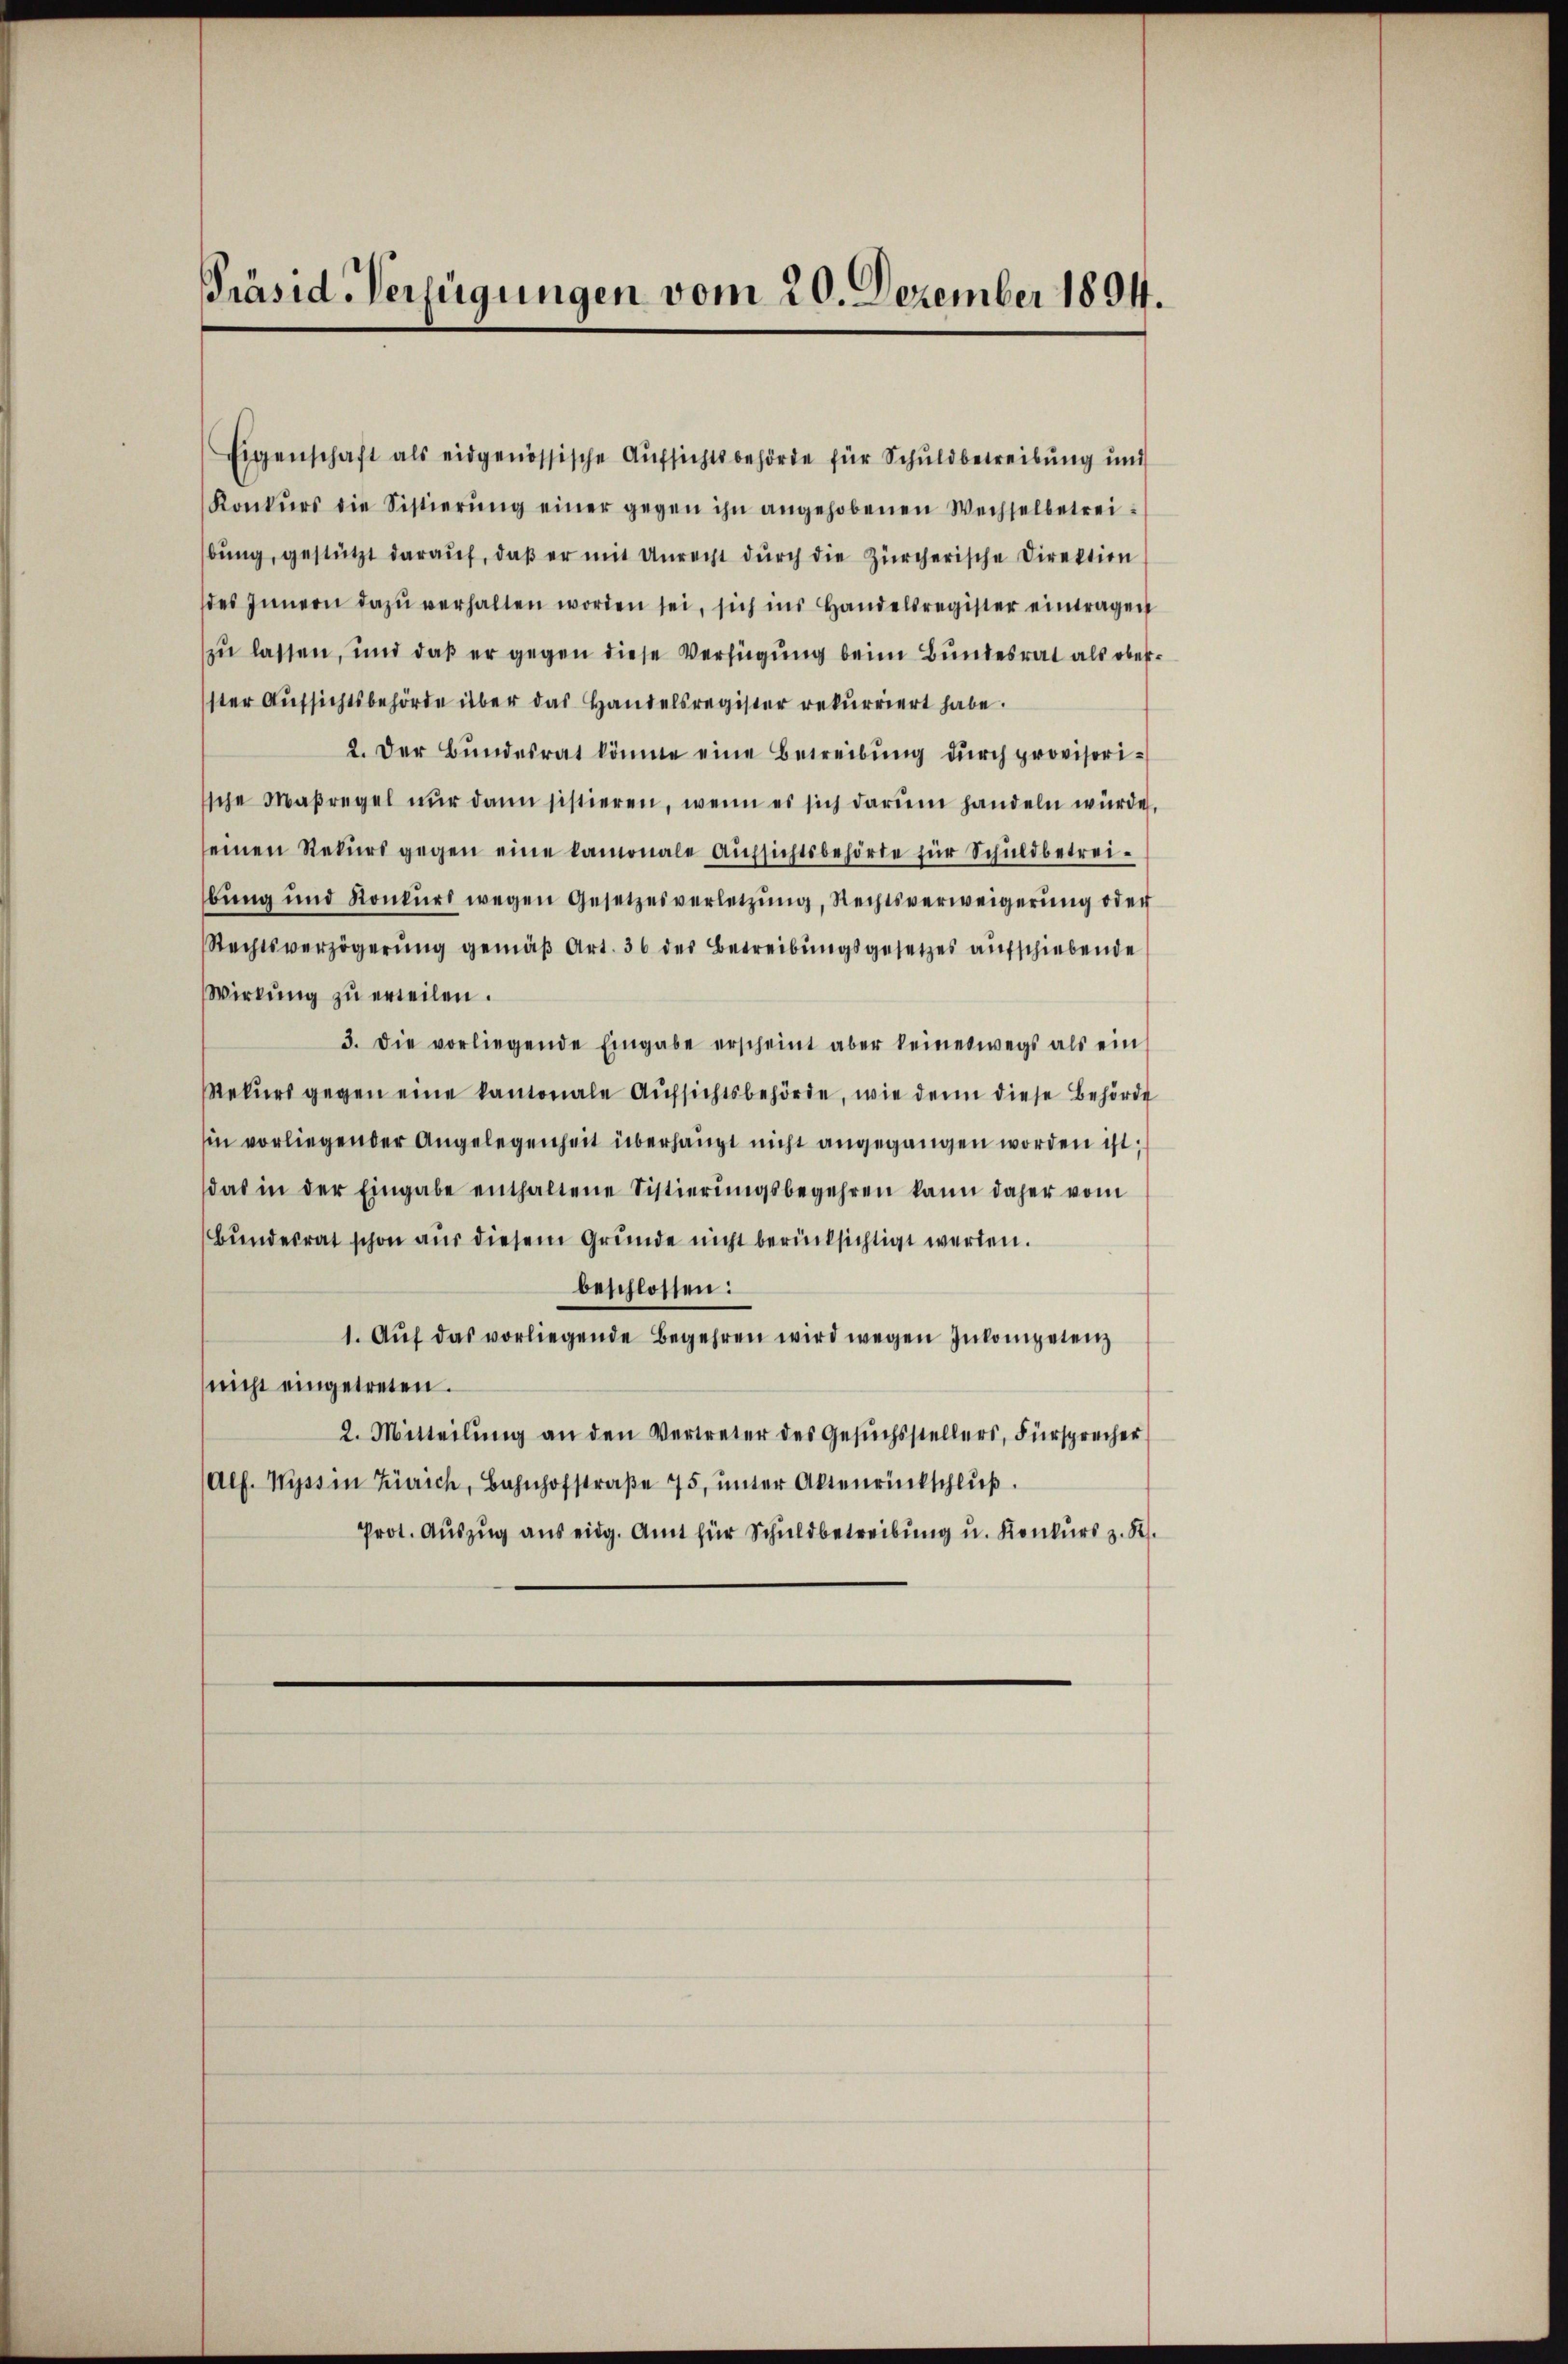
Präsid. Verfügungen vom 20. Dezember 1894.

Eigenschaft als eidgenössische Aufsichtsbehörde für Schuldbetreibung und
Konkŭrs die Sistierŭng einer gegen ihn angehobenen Wechselbetreibŭng, gestützt daraŭf, daβ er mit Unrecht durch die Zürcherische Direktion
des Innern dazu verhalten worden sei, sich ins Handelsregister eintragen
zu lassen, und daß er gegen diese Verfügung beim Bundesrat als oberster Aufsichtsbehörde über das Handelsregister rekurriert habe.
2. Der Bundesrat könnte eine Betreibung durch provisorische Maßregel nur dann sistieren, wenn es sich darum handeln würde,
seinen Rekŭrs gegen eine lamonale Aufsichtsbehörte für Schuldbetreibung und Konkurs wegen Gesetzesverletzung, Rechtsverweigerung oder
Rechtsverzögerŭng gemäβ Art. 36 des Betreibungsgesetzes aufschiebende
Wirkŭng zŭ erteilen.
3. Die vorliegende Eingabe erscheint aber keineswegs als ein
Rekŭrs gegen eine kantonale Aufsichtsbehörde, wie denn diese Behörde
in vorliegender Angelegenheit überhaupt nicht angegangen worden ist;
das in der Eingabe enthaltene Sistierŭngsbegehren kann daher vom
Bundesrat schon aus diesem Grunde nicht berücksichtigt werden.
beschlossen:
1. Aŭf das vorliegende Begehren wird wegen Inkompetenz
nicht eingetreten.
2. Mitteilŭng an den Vertreter des Gesŭchsstellers, Fürsprecher
Alf. Wyss in Zürich, Bahnhofstraβe 75, ŭnter Aktenrückschlŭβ
Prot. Auszug aus eidg. Amt für Schuldbetreibung u. Konkurs z. R.